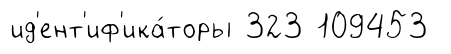
ид'ент'иф'ика́торы 323 109453